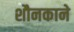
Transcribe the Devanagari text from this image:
शौनकाने